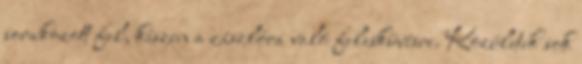
sorakozott fel, készen a zászlóra való felesküvésre. Közületek sok